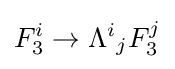
F_{3}^{i}\rightarrow \Lambda ^{i}{}_{j}F_{3}^{j}